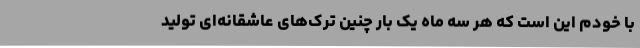
با خودم این است که هر سه ماه یک بار چنین ترک‌های عاشقانه‌ای تولید